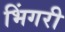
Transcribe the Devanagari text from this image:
भिंगरी